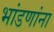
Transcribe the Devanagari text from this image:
भांडणांना